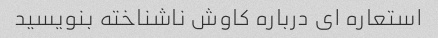
استعاره ای درباره کاوش ناشناخته بنویسید